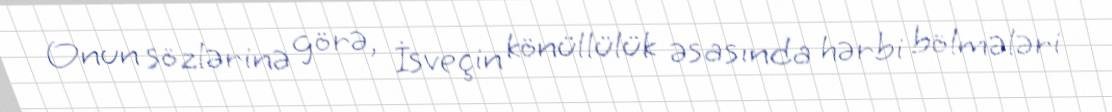
Onun sözlərinə görə, İsveçin könüllülük əsasında hərbi bölmələri